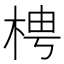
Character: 梬